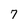
Character: 7